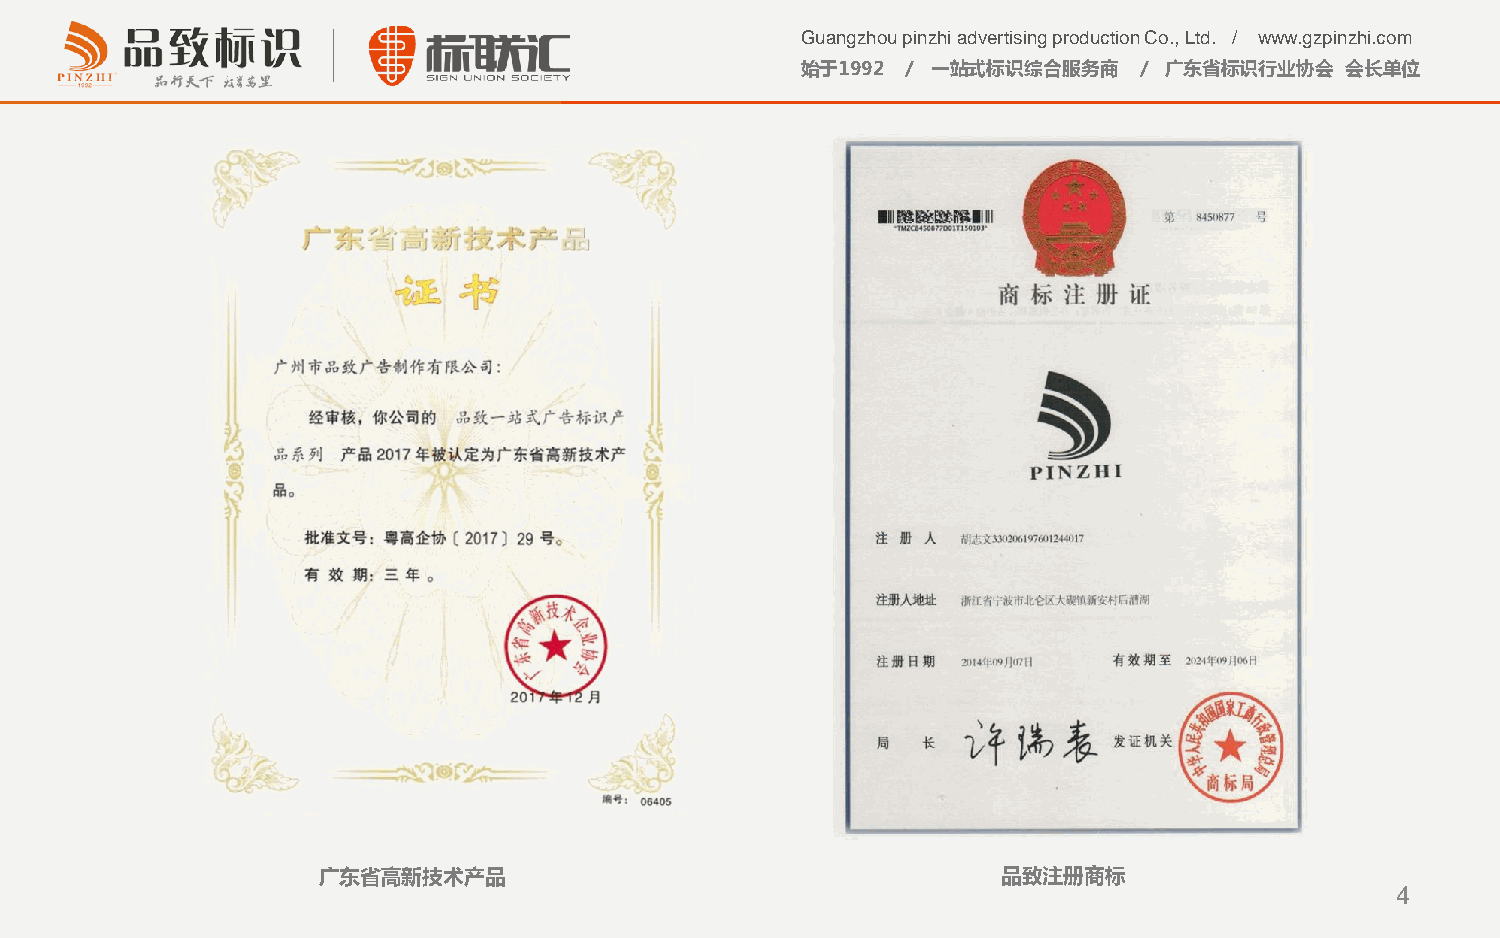
Guangzhou pinzhi advertising production Co., Ltd. / www.gzpinzhi.com
 始于1992 / 一站式标识综合服务商   / 广东省标识行业协会   会长单位
 广东省高新技术产品                                    品致注册商标
 4